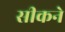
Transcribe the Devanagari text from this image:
सीकने